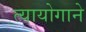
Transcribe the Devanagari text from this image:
त्यायोगाने